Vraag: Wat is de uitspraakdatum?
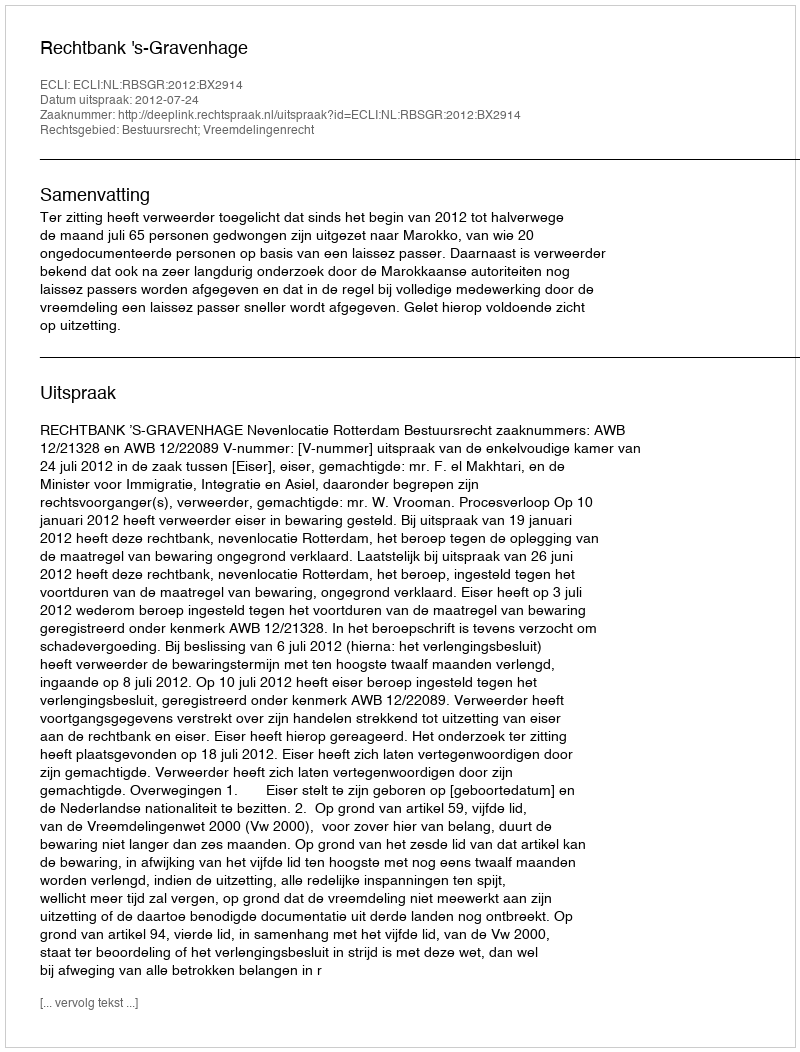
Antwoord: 2012-07-24